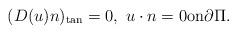
LaTeX: \begin{align*}(D(u)n)_{\textrm{tan}}=0,\ u\cdot n=0\textrm{on}\partial\Pi. \end{align*}